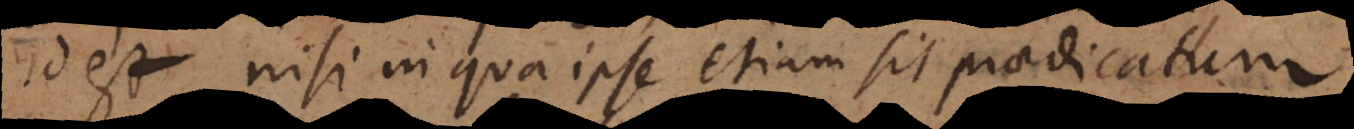
id est nisi in qua ipse etiam sit praedicatum.